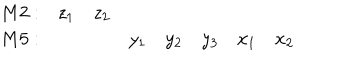
LaTeX: \begin{array} { r c c c c c c c } { { { M 2 } : } } & { { z _ { 1 } } } & { { z _ { 2 } } } & { { } } & { { } } & { { } } & { { } } & { { } } \\ { { { M 5 } : } } & { { } } & { { } } & { { y _ { 1 } } } & { { y _ { 2 } } } & { { y _ { 3 } } } & { { x _ { 1 } } } & { { x _ { 2 } } } \\ \end{array}